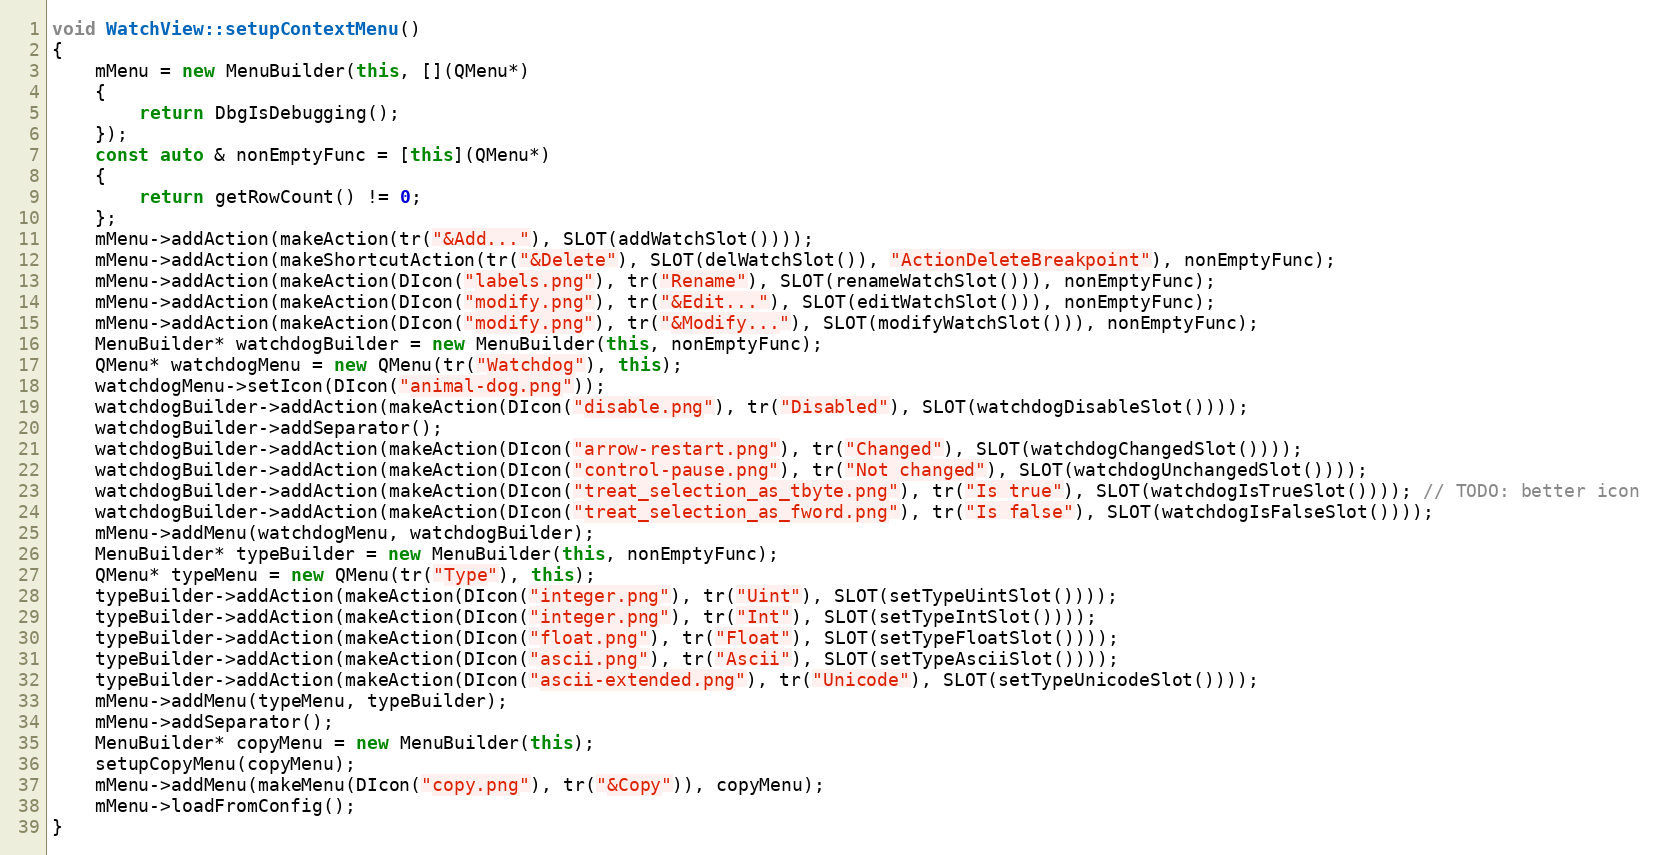
Language: C++
void WatchView::setupContextMenu()
{
    mMenu = new MenuBuilder(this, [](QMenu*)
    {
        return DbgIsDebugging();
    });
    const auto & nonEmptyFunc = [this](QMenu*)
    {
        return getRowCount() != 0;
    };
    mMenu->addAction(makeAction(tr("&Add..."), SLOT(addWatchSlot())));
    mMenu->addAction(makeShortcutAction(tr("&Delete"), SLOT(delWatchSlot()), "ActionDeleteBreakpoint"), nonEmptyFunc);
    mMenu->addAction(makeAction(DIcon("labels.png"), tr("Rename"), SLOT(renameWatchSlot())), nonEmptyFunc);
    mMenu->addAction(makeAction(DIcon("modify.png"), tr("&Edit..."), SLOT(editWatchSlot())), nonEmptyFunc);
    mMenu->addAction(makeAction(DIcon("modify.png"), tr("&Modify..."), SLOT(modifyWatchSlot())), nonEmptyFunc);
    MenuBuilder* watchdogBuilder = new MenuBuilder(this, nonEmptyFunc);
    QMenu* watchdogMenu = new QMenu(tr("Watchdog"), this);
    watchdogMenu->setIcon(DIcon("animal-dog.png"));
    watchdogBuilder->addAction(makeAction(DIcon("disable.png"), tr("Disabled"), SLOT(watchdogDisableSlot())));
    watchdogBuilder->addSeparator();
    watchdogBuilder->addAction(makeAction(DIcon("arrow-restart.png"), tr("Changed"), SLOT(watchdogChangedSlot())));
    watchdogBuilder->addAction(makeAction(DIcon("control-pause.png"), tr("Not changed"), SLOT(watchdogUnchangedSlot())));
    watchdogBuilder->addAction(makeAction(DIcon("treat_selection_as_tbyte.png"), tr("Is true"), SLOT(watchdogIsTrueSlot()))); // TODO: better icon
    watchdogBuilder->addAction(makeAction(DIcon("treat_selection_as_fword.png"), tr("Is false"), SLOT(watchdogIsFalseSlot())));
    mMenu->addMenu(watchdogMenu, watchdogBuilder);
    MenuBuilder* typeBuilder = new MenuBuilder(this, nonEmptyFunc);
    QMenu* typeMenu = new QMenu(tr("Type"), this);
    typeBuilder->addAction(makeAction(DIcon("integer.png"), tr("Uint"), SLOT(setTypeUintSlot())));
    typeBuilder->addAction(makeAction(DIcon("integer.png"), tr("Int"), SLOT(setTypeIntSlot())));
    typeBuilder->addAction(makeAction(DIcon("float.png"), tr("Float"), SLOT(setTypeFloatSlot())));
    typeBuilder->addAction(makeAction(DIcon("ascii.png"), tr("Ascii"), SLOT(setTypeAsciiSlot())));
    typeBuilder->addAction(makeAction(DIcon("ascii-extended.png"), tr("Unicode"), SLOT(setTypeUnicodeSlot())));
    mMenu->addMenu(typeMenu, typeBuilder);
    mMenu->addSeparator();
    MenuBuilder* copyMenu = new MenuBuilder(this);
    setupCopyMenu(copyMenu);
    mMenu->addMenu(makeMenu(DIcon("copy.png"), tr("&Copy")), copyMenu);
    mMenu->loadFromConfig();
}